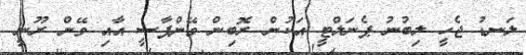
ލަނޑު ޖެހީ ލިބުނު ޕެނަލްޓީ އަކުން ރޮބިން ވޭންޕާސީ އާއި ވޭން ރޫނީ